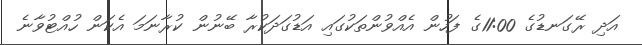
އަދި ރޭގަނޑުގެ 11:00ގެ ފަހުން އެއްވުންތަކުގައި އަޑުގަދަކުރާ ބޭނުން ކުރާނަމަ އެކަން ހުއްޓުވާނެ